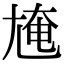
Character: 㞄